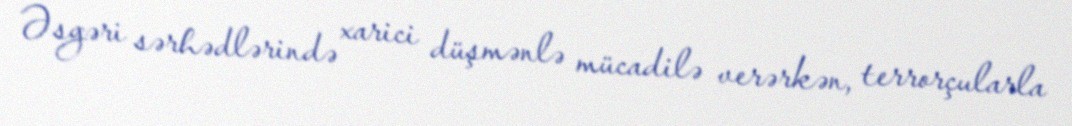
Əsgəri sərhədlərində xarici düşmənlə mücadilə verərkən, terrorçularla